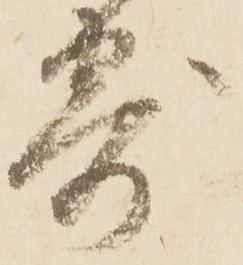
寄